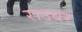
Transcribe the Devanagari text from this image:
राउबर